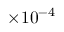
\times 1 0 ^ { - 4 }